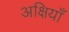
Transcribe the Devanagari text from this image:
अक्षियाँ